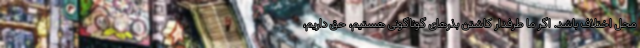
محل اختلاف باشد. اگر ما طرفدار کاشتن بذرهای گوناگونی هستیم، حق داریم،